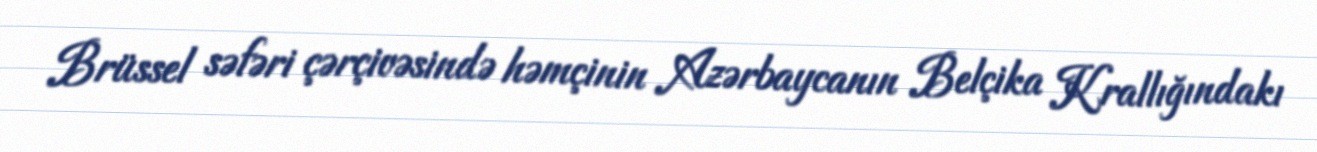
Brüssel səfəri çərçivəsində həmçinin Azərbaycanın Belçika Krallığındakı